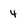
Character: 4